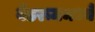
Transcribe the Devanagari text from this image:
बेडरूममध्ये